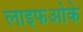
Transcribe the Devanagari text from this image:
लाइफओके